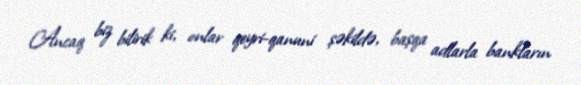
Ancaq biz bilirik ki, onlar qeyri-qanuni şəkildə, başqa adlarla bankların